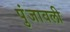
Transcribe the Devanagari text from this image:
पुंजावली